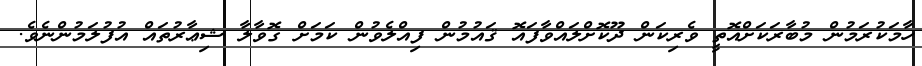
ހާމަކުރަމުން މުބާރަކަށްއޮތީ ވެރިކަން ދޫކޮށްލައްވާފައޮ ޤައުމުން ފިއްލެވުން ކަމަށް ގޮވާލާ ޝިޢާރުތައް އުފުލަމުންނެވެ.